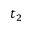
t _ { 2 }